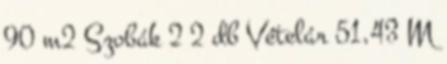
90 m2 Szobák 2 2 db Vételár 51,43 M